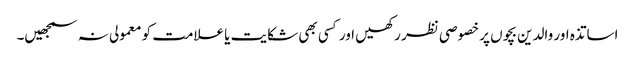
اساتذہ اور والدین بچوں پر خصوصی نظر رکھیں اور کسی بھی شکایت یا علامت کو معمولی نہ سمجھیں۔